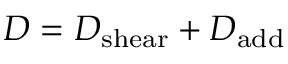
D = D _ { \mathrm { s h e a r } } + D _ { \mathrm { a d d } }